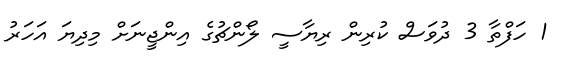
1 ހަފްތާ 3 ދުވަސް ކުރިން ރިޔާސީ ލޯންޗުގެ އިންޖީނަށް މިދިޔަ އަހަރު